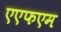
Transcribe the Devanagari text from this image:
एएफएम